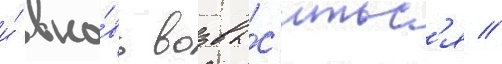
и́ вно́вь возвы́с'итьс'я //